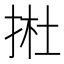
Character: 𢭰